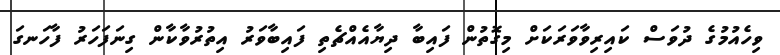
ވިހެއުމުގެ ދުވަސް ކައިރިވާވަރަކަށް މިގޮތުން ފައިބާ ދިޔާއެއްޗެތި ފައިބާވަރު އިތުރުވާކާން ގިނަފަހަރު ފާހަނގަ